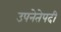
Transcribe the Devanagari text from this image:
उपनेतेपदी